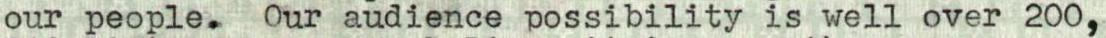
our people. Our audience possibility is well over 200,